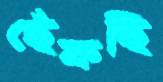
ছেঁকছি